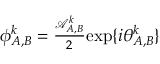
\begin{array} { r } { { \phi } _ { A , B } ^ { k } = \frac { \mathcal { A } _ { A , B } ^ { k } } { 2 } \mathrm { e x p } \{ i \theta _ { A , B } ^ { k } \} } \end{array}